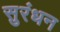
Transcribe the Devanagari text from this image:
सुरंधन